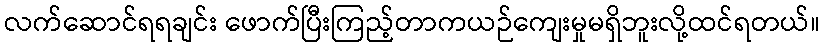
လက်ဆောင်ရရချင်း ဖောက်ပြီးကြည့်တာကယဉ်ကျေးမှုမရှိဘူးလို့ထင်ရတယ်။